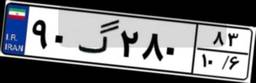
۹۰گ۲۸۰۸۳